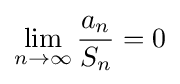
\lim _{n\to \infty }{\frac {a_{n}}{S_{n}}}=0